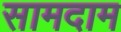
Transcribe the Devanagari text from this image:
सामदाम